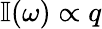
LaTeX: \mathbb{I}(\omega)\propto q